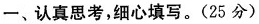
一、认真思考，细心填写。(25分)